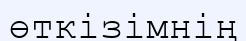
өткізімнің